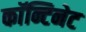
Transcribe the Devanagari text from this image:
काॅन्टिनेट